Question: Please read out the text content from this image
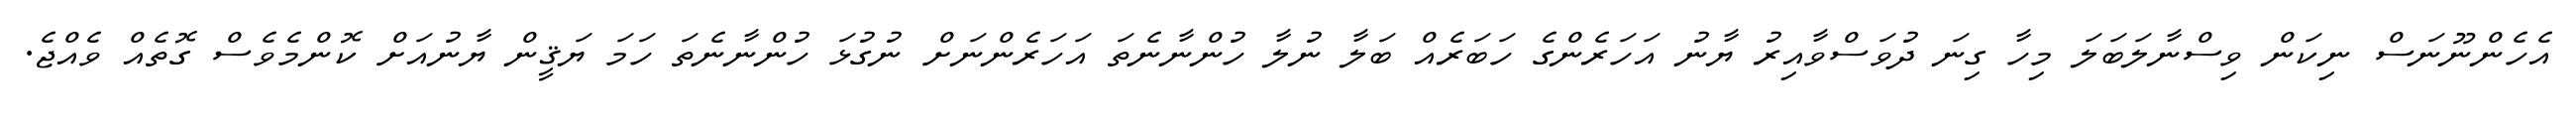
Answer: އެހެންނޫނަސް ނިކަން ވިސްނާލަބަލަ މިހާ ގިނަ ދުވަސްވާއިރު ޔާނު އަހަރެންގެ ހަބަރެއް ބަލާ ނުލާ ހުންނާނެތަ އަހަރެންނަށް ނުގުޅަ ހުންނާނެތަ ހަމަ ޔަޤީން ޔާނުއަށް ކޮންމެވެސް ގޮތެއް ވެއްޖެ.